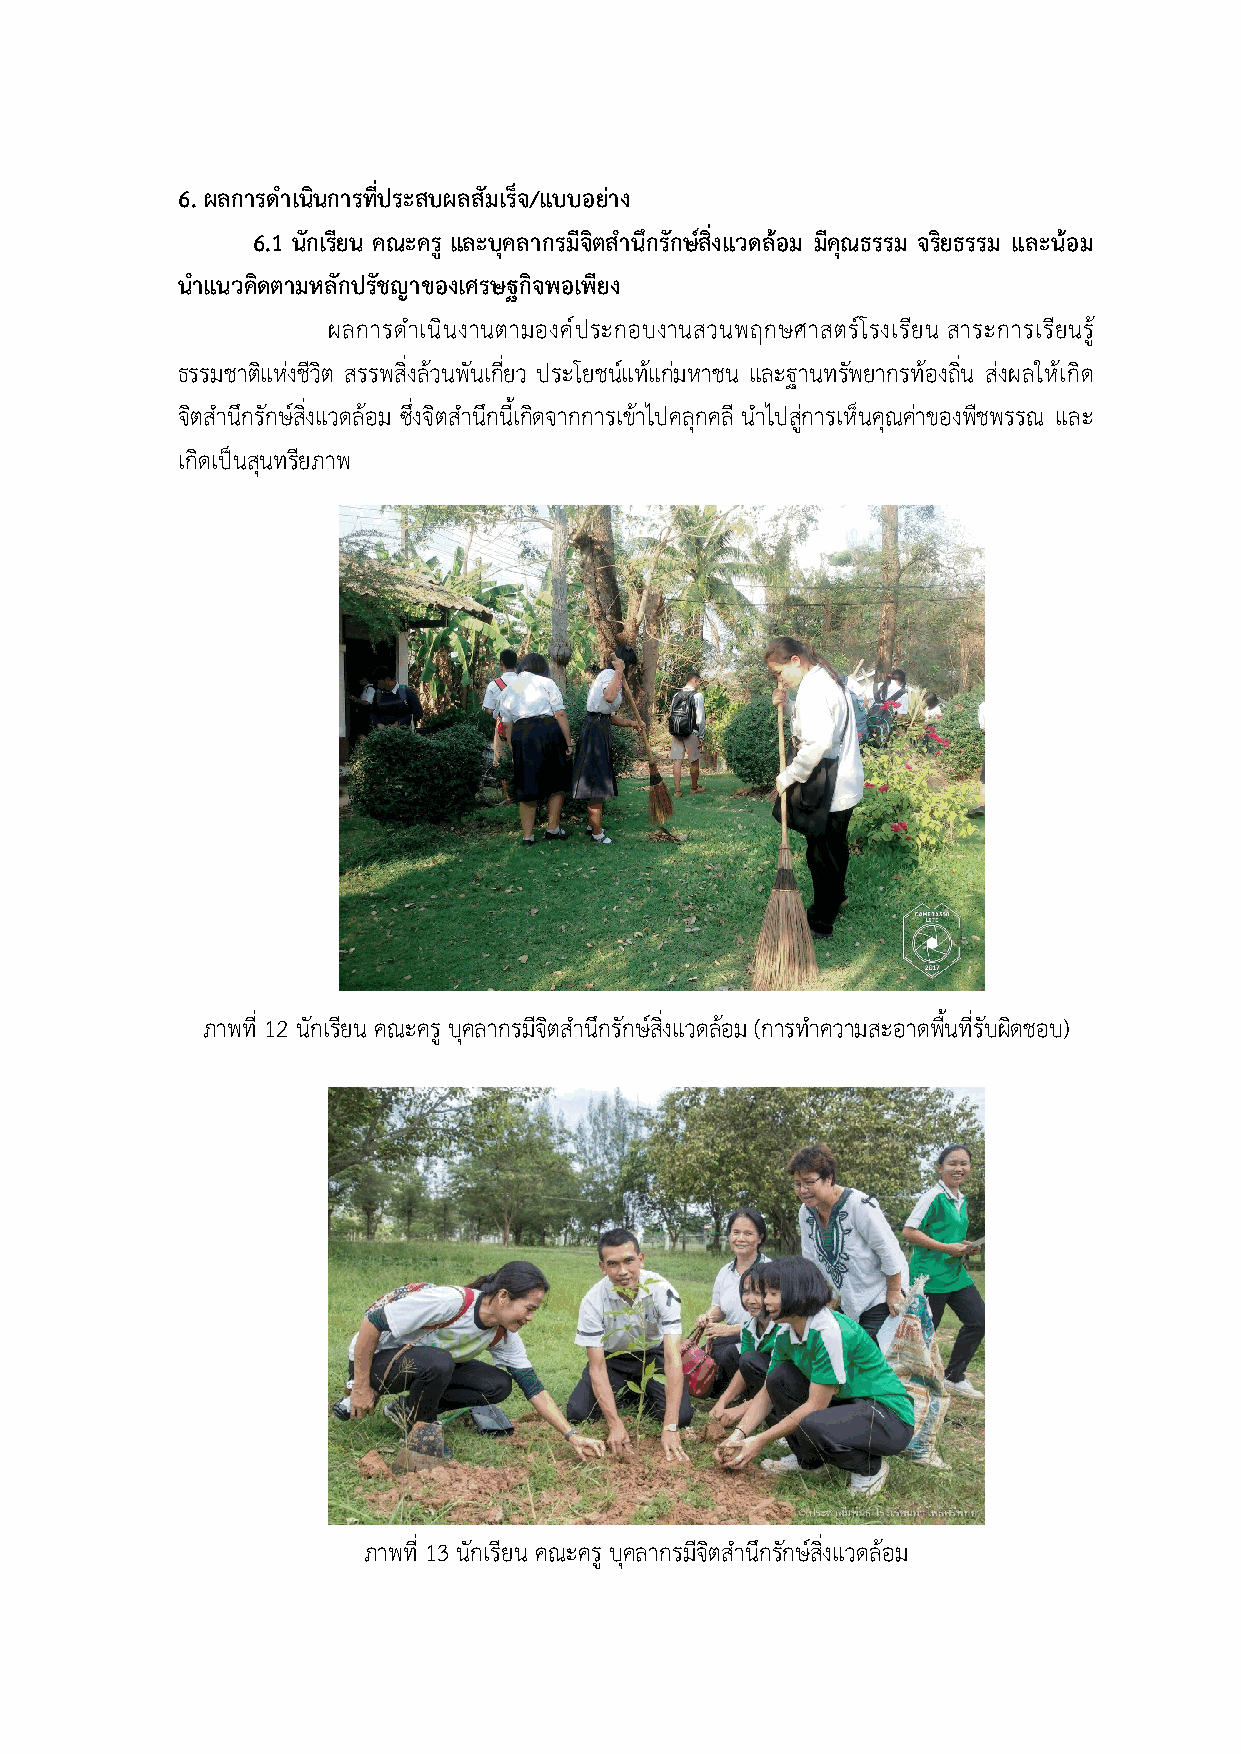
6. ผลการดำเนินการที่ประสบผลสัมเร็จ/แบบอย4าง
 6.1 นักเรียน คณะครู และบุคลากรมีจิตสำนึกรักษ-สิ่งแวดลaอม มีคุณธรรม จริยธรรม และนaอม
 นำแนวคิดตามหลักปรัชญาของเศรษฐกิจพอเพียง
 ผลการดำเนินงานตามองคHประกอบงานสวนพฤกษศาสตรHโรงเรียน สาระการเรียนรูE
 ธรรมชาติแห?งชีวิต สรรพสิ่งลEวนพันเกี่ยว ประโยชนHแทEแก?มหาชน และฐานทรัพยากรทEองถิ่น ส?งผลใหEเกิด
 จิตสำนึกรักษHสิ่งแวดลEอม ซึ่งจิตสำนึกนี้เกิดจากการเขEาไปคลุกคลี นำไปสู?การเห็นคุณค?าของพืชพรรณ และ
 เกิดเปVนสุนทรียภาพ
 ภาพที่ 12 นักเรียน คณะครู บุคลากรมีจิตสำนึกรักษHสงิ่ แวดลEอม (การทำความสะอาดพื้นทรี่ ับผิดชอบ)
 ภาพที่ 13 นักเรียน คณะครู บุคลากรมีจิตสำนึกรักษHสงิ่ แวดลEอม